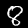
Digit: 8